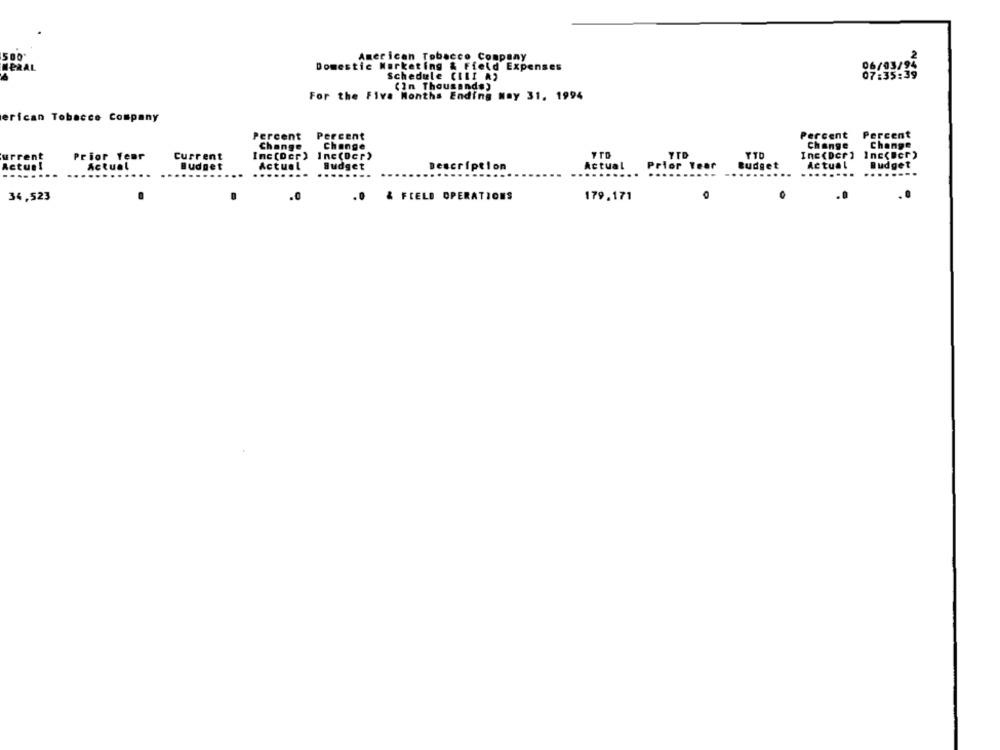
500
American Tobacco Company
MERAL
Domestic Marketing & Field Expenses
Domes
06/03/95
Schedule CILI A)
07:35:39
(In Thousands)
For the Five Months Ending May 31. 1994
erican Tobacco Company
Percent
Percent
Percent
Percent
Change
Change
Change
Change
Prior Tear
Current
Inc(Ocr) Inc(Ocr)
YTD
YTD
Inc(Der) Inc(Der)
Actual
Budget
Actuel
Description
Actual
for Tear
Budget
Budget
Budget
...
...
...
...
.......
........
34,523
.0
& FIELD OPERATIONS
179.171